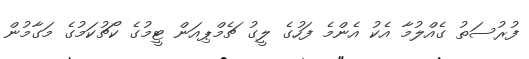
ފުރުސަތު ގެއްލުމާ އެކު އެންމެ ފަހުގެ ލީގު ޗެމްޕިއަން ޓީމުގެ ކޯޗުކަމުގެ މަގާމުން